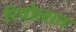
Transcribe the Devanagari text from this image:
रियोलान